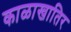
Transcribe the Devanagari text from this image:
काळाखातिर